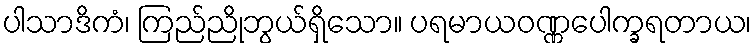
ပါသာဒိကံ၊ ကြည်ညိုဘွယ်ရှိသော။ ပရမာယဝဏ္ဏပေါက္ခရတာယ၊